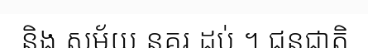
និង សម័យ នគរ ដប់ ។ ជនជាតិ